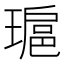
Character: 𤨖